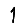
Digit: 1